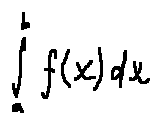
\int \limits _ { a } ^ { b } f ( x ) d x